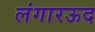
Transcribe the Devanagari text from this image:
लंगारऊद